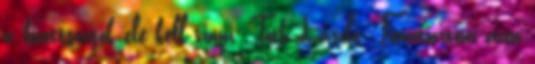
a bizottságok elé kell vinni. Tóth László: Fenntartom azon